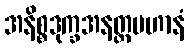
အနိစ္စဒုက္ခအနတ္တပဟာနံ